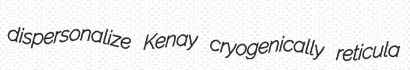
dispersonalize Kenay cryogenically reticula